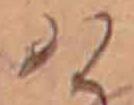
け